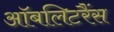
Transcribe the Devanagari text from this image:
ऑबलिटरैंस